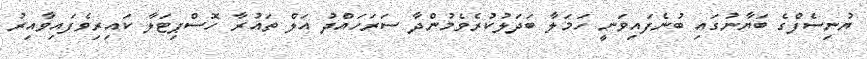
ޔުނިސެފްގެ ބަޔާނުގައި ބުނެފައިވަނީ ހަމަލާ ބަދަލުކުރެވެމުންދާ ސަރަހައްދު އަލް ތައުރާ ހޮސްޕިޓަލާ ކައިރިވެފައިވާއިރު